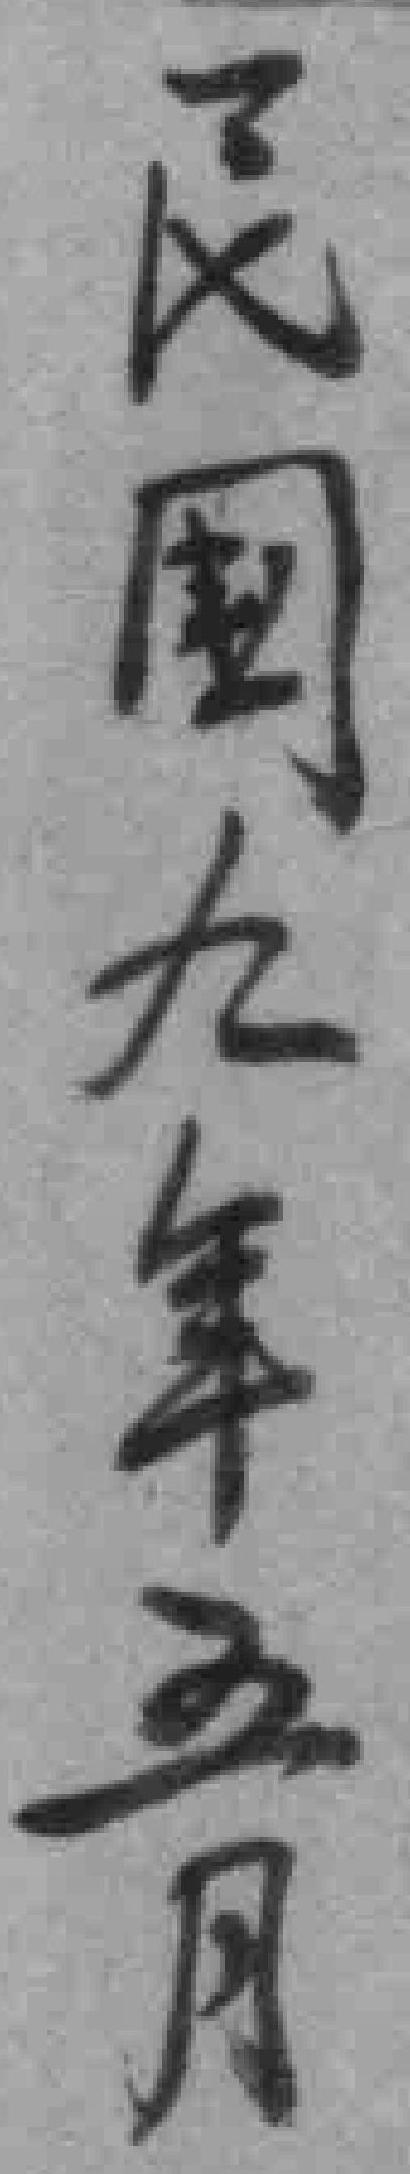
民國九年五月